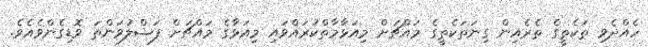
ހެއްދެވި ތަކެތީގެ ތެރެއިން ގިނަތަކެތީގެ މައްޗަށް މިއަޅާމާތްކުރައްވައި މިއަޅާގެ މައްޗަށް ފަޟްލުވަންތަ ވޮޑިގެންވެއެވެ.